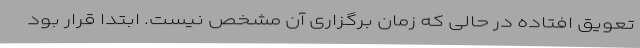
تعویق افتاده در حالی که زمان برگزاری آن مشخص نیست. ابتدا قرار بود